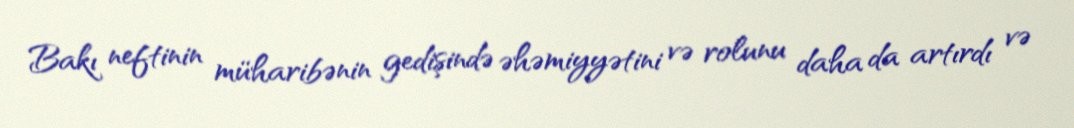
Bakı neftinin müharibənin gedişində əhəmiyyətini və rolunu daha da artırdı və